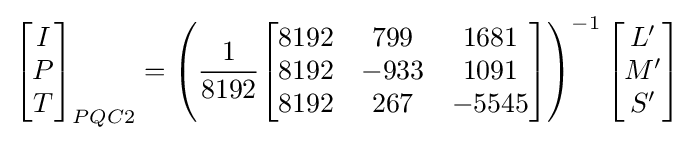
{\begin{bmatrix}I\\P\\T\end{bmatrix}}_{PQC2}=\left({\frac {1}{8192}}{\begin{bmatrix}8192&799&1681\\8192&-933&1091\\8192&267&-5545\end{bmatrix}}\right)^{-1}{\begin{bmatrix}L'\\M'\\S'\end{bmatrix}}